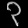
Digit: ၃